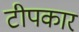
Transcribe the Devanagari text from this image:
टीपकार